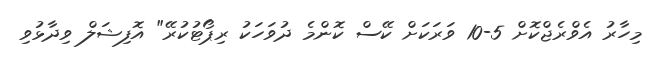
މިހާރު އެވްރެޖްކޮށް 5-10 ވަރަކަށް ކޭސް ކޮންމެ ދުވަހަކު ރިޕޯޓުކުރޭ" އޮފިޝަލް ވިދާޅުވި